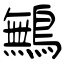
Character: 鷡